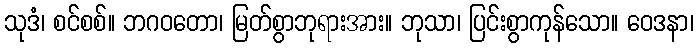
သုဒံ၊ စင်စစ်။ ဘဂဝတော၊ မြတ်စွာဘုရားအား။ ဘုသာ၊ ပြင်းစွာကုန်သော။ ဝေဒနာ၊